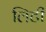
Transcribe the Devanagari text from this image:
लिटी